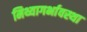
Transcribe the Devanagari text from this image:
मिथ्यागर्भावस्था